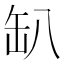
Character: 𰭂